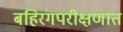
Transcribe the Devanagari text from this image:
बहिरंगपरीक्षणात